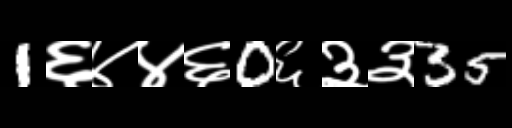
Text: 1६४४६0६३३35